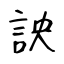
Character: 詇